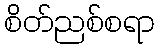
စိတ်ညစ်စရာ